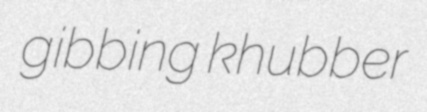
gibbing khubber